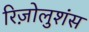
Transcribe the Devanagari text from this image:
रिज़ोलुशंस